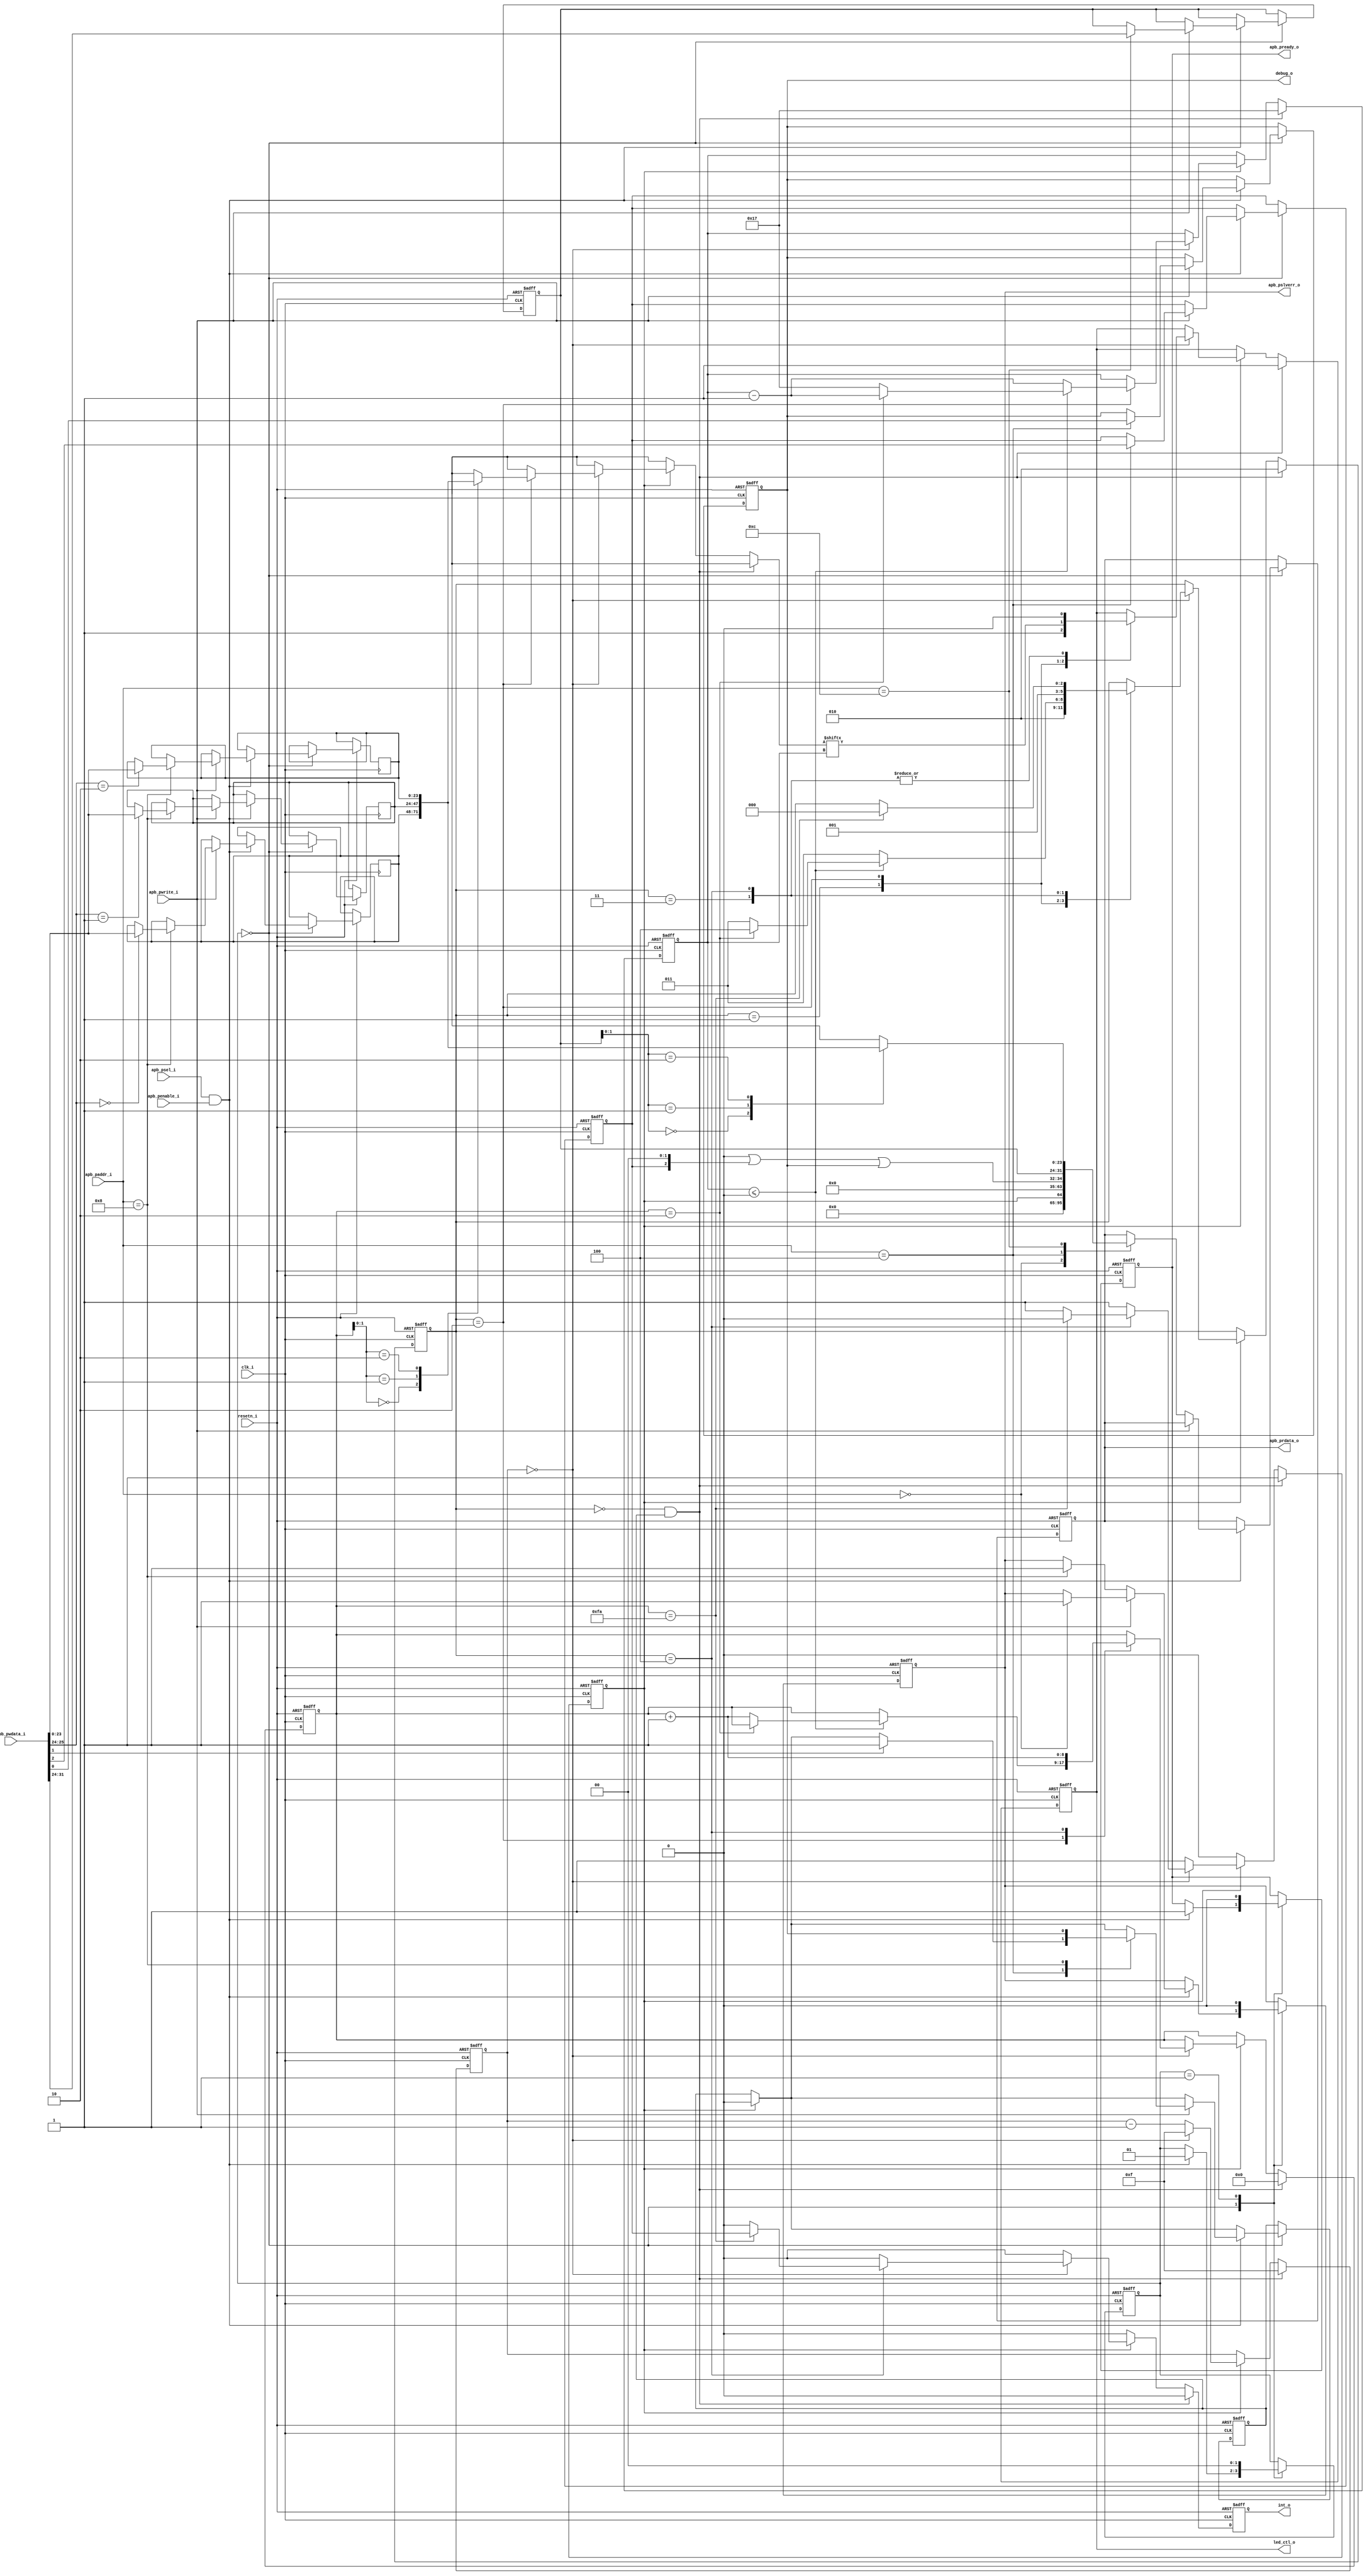
module WS2812_module #(
	parameter FAMILY          = "LIFCL",
	parameter LED_COUNT       = 3,
	parameter CLOCK_FREQUENCY = 38000000
)
(
	input wire				clk_i,
	input wire				resetn_i,
	
	output reg				led_ctl_o,					// LED control signal
	output reg				int_o,						// Interrupt
	output wire				debug_o,
	
	input wire				apb_penable_i,				// apb Enable
	input wire				apb_psel_i,					// apb Slave select
	input wire				apb_pwrite_i,				// apb write 1, read 0
	input wire [5:0]  	apb_paddr_i,
	input wire [31:0]	apb_pwdata_i,
	output reg [31:0]	apb_prdata_o,
	output reg				apb_pslverr_o,				// apb slave error
	output reg				apb_pready_o
);

reg [7:0]  led_number;									// Stores the current led number to retrieve colour for
reg [23:0] led_colour[LED_COUNT - 1:0];			// STores the currently configured colour for each led
reg         auto_send;
reg         int_enable;
reg         trigger_transmit;
reg         led_sending = 1'b0;

reg [8:0]  clk_counter;
reg [8:0]  led_counter;
reg [8:0]  led_bit_counter;
reg [8:0]  clock_counter;

// Register map
localparam STATUS_REG    = 6'h0;		// 0x0	STATUS		sending	[0]
localparam CONTROL_REG   = 6'h4;		// 0x4	CONTROL		auto_send[0]		send		[1]		int_enable [2]
localparam COLOUR_WR_REG = 6'h8;		// 0x8	COLOUR_WR	colour	[23:0]	led_set	[31:24]
localparam COLOUR_RD_REG = 6'hC;		// 0x12	COLOUR_RD	colour	[23:0]	led_set	[31:24]


// Each pulse must be around .42us (= 2.38MHz); 3 pulses needed for each bit: 3 * .42 = 1.26us
localparam [8:0] CLOCK_DIVIDER = CLOCK_FREQUENCY / 2380000;

// State machine to control APB bus
reg [1:0] SM_APB;
localparam sm_idle   = 2'b00;
localparam sm_access = 2'b01;

always @(posedge clk_i or negedge resetn_i) begin
	if (~resetn_i) begin
		SM_APB <= sm_idle;
		
		apb_prdata_o     <= 32'b0;
		apb_pready_o     <= 1'b0;
		apb_pslverr_o    <= 1'b0;
		auto_send        <= 1'b1;
		int_enable       <= 1'b0;
		trigger_transmit <= 1'b0;
		led_number       <= 8'h0;
	end
	else begin
		case (SM_APB)
			sm_idle:
				begin
					if (led_sending)
						trigger_transmit <= 1'b0;

					if (apb_psel_i && apb_penable_i) begin
						SM_APB <= sm_access;
						apb_pready_o <= 1'b1;

						if (apb_pwrite_i) begin
			
							case (apb_paddr_i)
								STATUS_REG:
									apb_pslverr_o <= 1'b1;														// Status register is read-only; return error
								CONTROL_REG:
									begin
										auto_send <= apb_pwdata_i[0];
										int_enable <= apb_pwdata_i[2];
										if (apb_pwdata_i[1])
											trigger_transmit <= 1'b1;
									end
								COLOUR_WR_REG:
									begin
										trigger_transmit <= auto_send;										// Trigger to start resending data if auto send is configured
										led_colour[apb_pwdata_i[31:24]] <= apb_pwdata_i[23:0];		// Top 8 bits are the led to set, lower 24 bits are the colour 
									end
								COLOUR_RD_REG:
									led_number <= apb_pwdata_i[31:24];										// Top 8 bits are the led to read - remaining data is redundant

							endcase
						end
						else begin
							case (apb_paddr_i)
								STATUS_REG:
									apb_prdata_o  <= {31'b0, led_sending};
								CONTROL_REG:
									apb_prdata_o  <= 32'b0 | (int_enable << 2) | (auto_send << 0);
								COLOUR_WR_REG:
									apb_pslverr_o <= 1'b1;														// Colour write is write only; return error
								COLOUR_RD_REG:
									apb_prdata_o  <= {led_number, led_colour[led_number]};			// Return the colour of the led number specified using the top 8 bits of this register
							endcase
						end			
					end
				end
				
			sm_access:
				begin
					apb_pslverr_o <= 1'b0;
					apb_pready_o <= 1'b0;
					SM_APB <= sm_idle;
				end

		endcase
	end
end


// LED sending state machine
reg [2:0] SM_Led;
localparam sm_led_idle   = 3'b000;
localparam sm_led_phase1 = 3'b001;			// First phase of output bit (always 1)
localparam sm_led_phase2 = 3'b010;			// Second phase (1 or 0)
localparam sm_led_phase3 = 3'b011;			// Third phase (always 0)
localparam sm_led_reset  = 3'b100;			// Wait until ready to send again

// Main LED output loop
always @(posedge clk_i or negedge resetn_i) begin
	if (~resetn_i) begin
		led_ctl_o <= 1'b0;
		led_counter <= 8'b0;
		led_bit_counter <= 8'b0;
		clock_counter <= CLOCK_DIVIDER;
		int_o <= 1'b0;
		led_sending <= 1'b0;
		SM_Led <= sm_led_idle;
	end
	else begin
		int_o <= 1'b0;				// clear interrupt
		
		if (SM_Led == sm_led_idle && trigger_transmit) begin
			led_bit_counter <= 8'd23;
			led_counter <= 8'b0;
			led_ctl_o <= 1'b1;
			SM_Led <= sm_led_phase2;
			clock_counter <= CLOCK_DIVIDER;
			led_sending <= 1'b1;
		end
		else
			if (led_sending) begin
					
				if (clock_counter == 8'h0) begin
					clock_counter <= CLOCK_DIVIDER;
					case (SM_Led)
						sm_led_phase1:
							begin
								led_ctl_o <= 1'b1;
								SM_Led <= sm_led_phase2;
							end
							
						sm_led_phase2:
							begin
								led_ctl_o <= led_colour[led_counter][led_bit_counter];		// Output the current bit of the current Led
								led_bit_counter <= led_bit_counter - 8'b1;
								SM_Led <= sm_led_phase3;
								if (led_bit_counter <= 8'h0) begin
									if (led_counter == LED_COUNT - 1'b1) begin					// all LEDs have been transmitted
										SM_Led <= sm_led_reset;
									end
									else begin
										led_bit_counter <= 8'd23;
										led_counter <= led_counter + 8'b1;							// Increment to the next Led
									end
								end
							end
							
						sm_led_phase3:
							begin
								led_ctl_o <= 1'b0;
								SM_Led <= sm_led_phase1;
							end
							
						sm_led_reset:
							begin
								led_ctl_o <= 1'b0;
								led_counter <= led_counter + 1'b1;
								if (led_counter == 250) begin										// 120 = 50uS (minimum gap from datasheet, but in practice needs to be longer)
									led_sending <= 1'b0;
									int_o <= int_enable;													// Fire interrupt if enabled
									SM_Led <= sm_led_idle;
								end
							end
							
					endcase
				end
				else begin
					clock_counter <= clock_counter - 8'h1;			
				end
			end


	end
end


assign debug_o = auto_send;
	
endmodule